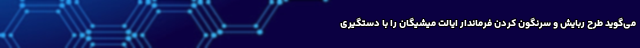
می‌گوید طرح ربایش و سرنگون کردن فرماندار ایالت میشیگان را با دستگیری